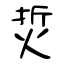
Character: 烲